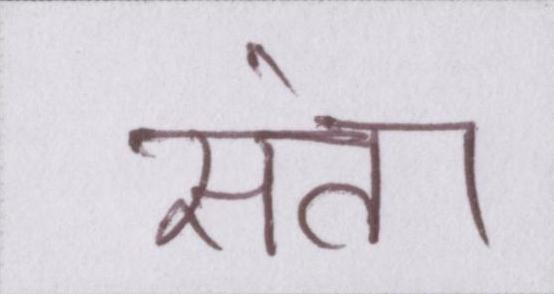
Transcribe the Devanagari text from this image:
संता